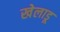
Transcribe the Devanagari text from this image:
खेलाडू